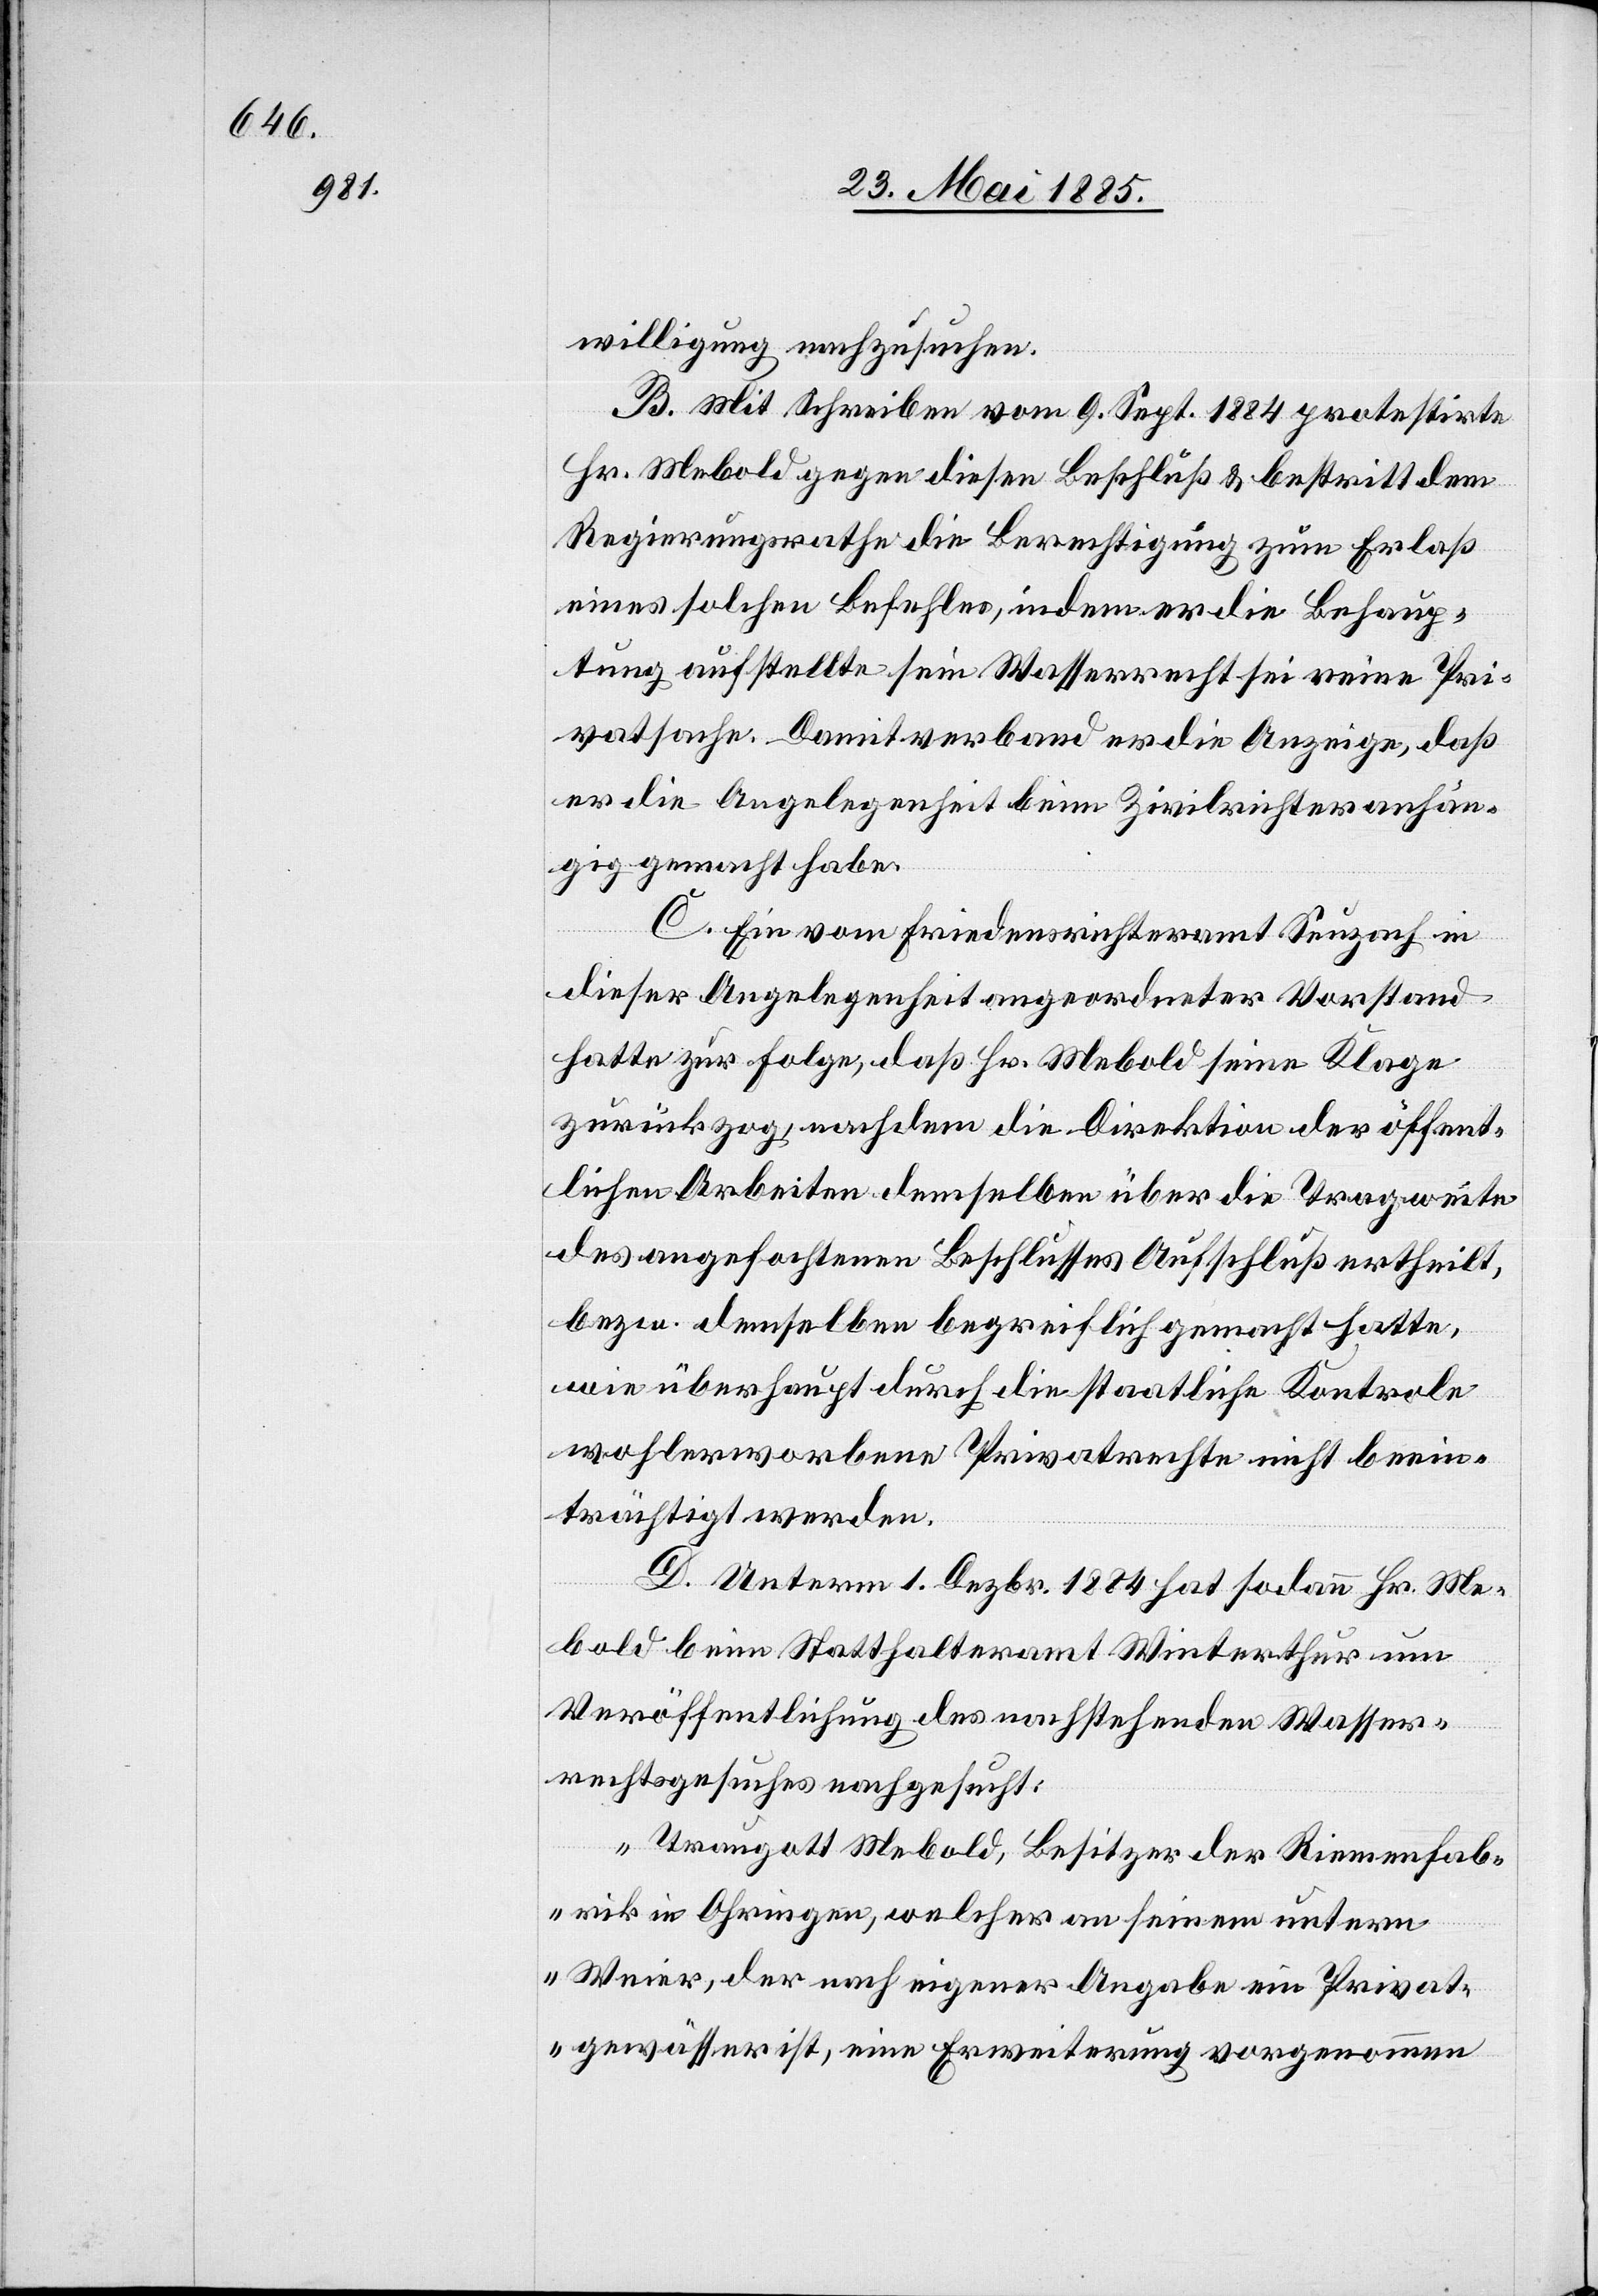
willigung nachzusuchen.
B. Mit Schreiben vom 9. Sept. 1884 protestirte
Hr. Mebold gegen diesen Beschluß & bestritt dem
Regierungsrathe die Berechtigung zum Erlaß
eines solchen Befehles, indem er die Behaup¬
tung aufstellte sein Wasserrecht sei reine Pri¬
vatsache. Damit verband er die Anzeige, daß
er die Angelegenheit beim Zivilrichter anhän¬
gig gemacht habe.
C. Ein vom Friedensrichteramt Seuzach in
dieser Angelegenheit angeordneter Vorstand
hatte zur Folge, daß Hr. Mebold seine Klage
zurückzog, nachdem die Direktion der öffent¬
lichen Arbeiten demselben über die Tragweite
des angefochtenen Beschlusses Aufschluß ertheilt,
bezw. demselben begreiflich gemacht hatte,
wie überhaupt durch die staatliche Kontrole
wohlerworbene Privatrechte nicht beein¬
trächtigt werden.
D. Unterm 1. Dezbr. 1884 hat sodann Hr. Me¬
bold beim Statthalteramt Winterthur um
Veröffentlichung des nachstehenden Wasser¬
rechtsgesuches nachgesucht:
„Traugott Mebold, Besitzer der Riemenfab¬
rik in Ohringen, welcher an seinem untern
Weier, der nach eigener Angabe ein Privat¬
gewässer ist, eine Erweiterung vorgenommen